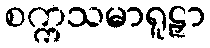
စက္ကသမာရူဠှာ